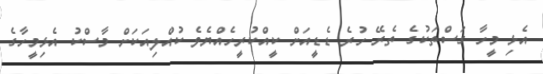
އެޅި މީހާ ގަސްތަކުގެ ތެރޭ ހުރެ ޑެޑީއަށް ކީއްކުރީހެއްޔެވެ ކުއްލިއަކަށް މާސްކު އެޅިމީހާގެ